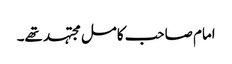
امام صاحب کامل مجتہد تھے۔